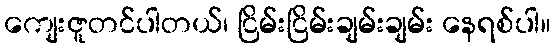
ကျေးဇူတင်ပါတယ်၊ ငြိမ်းငြိမ်းချမ်းချမ်း နေရစ်ပါ။